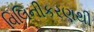
વિલિનીકરણથી